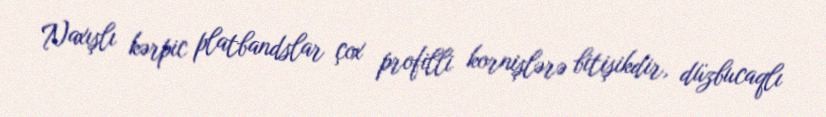
Naxışlı kərpic platbandslar çox profilli kornişlərə bitişikdir, düzbucaqlı